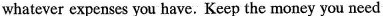
whatever expenses you have. Keep the money you need